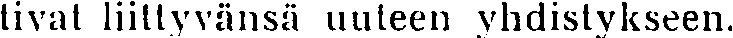
tivat liittyvänsä uuteen yhdistykseen.